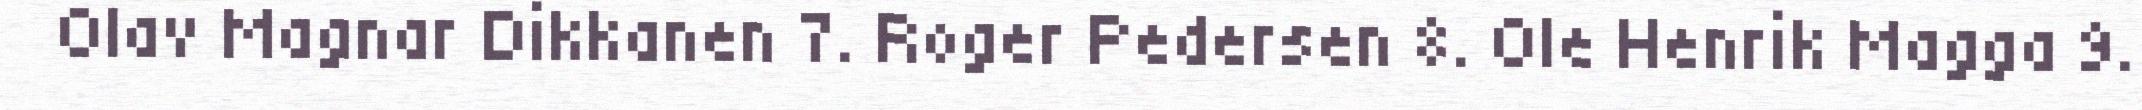
Olav Magnar Dikkanen 7. Roger Pedersen 8. Ole Henrik Magga 9.